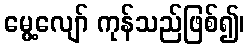
မွေ့လျော် ကုန်သည်ဖြစ်၍၊